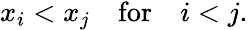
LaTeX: \begin{array}{r}{x_{i}<x_{j}\quad\mathrm{for}\quad i<j.}\end{array}